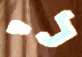
לי